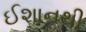
ઈશાનથી